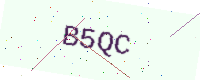
Text: B5QC